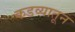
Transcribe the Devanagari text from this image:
कडव्यातून